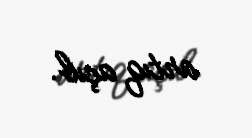
artıq açıb.